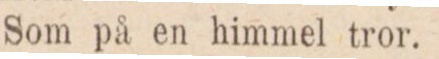
Som på en himmel tror.